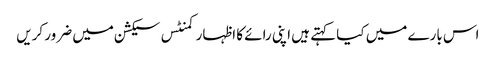
اس بارے میں کیا کہتے ہیں اپنی رائے کا اظہار کمنٹس سیکشن میں ضرور کریں